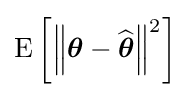
\operatorname {E} \left[\left\|{\boldsymbol {\theta }}-{\widehat {\boldsymbol {\theta }}}\right\|^{2}\right]